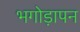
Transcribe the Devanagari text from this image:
भगोड़ापन